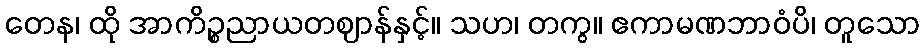
တေန၊ ထို အာကိဉ္စညာယတဈာန်နှင့်။ သဟ၊ တကွ။ ဧကာမဏဘာဝံပိ၊ တူသော